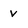
Character: v